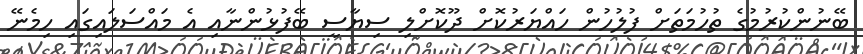
ބޭނުންކުރުމުގެ ތުހުމަތަށް ފުލުހުން ހައްޔަރުކޮށް ދޫކޮށްލި ސިޔާސީ ބޭފުޅުންނާއި އެ މައްސަލައިގައި ހިމެނޭ